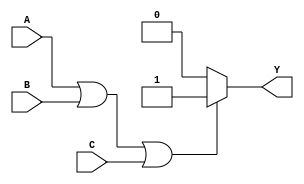
module or_gate(input wire A, B, C, output reg Y);
  always @*
    begin
      if (A || B || C)
        Y = 1;
      else
        Y = 0;
    end
endmodule